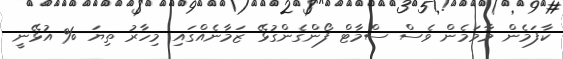
ކާފަމެން މާމަމެން ވެސް ސްމާޓް ފޯންގެންގުޅޭ ޒަމާނެއްގައި މިހާރު ތިޔަ % އުޅޭނީ